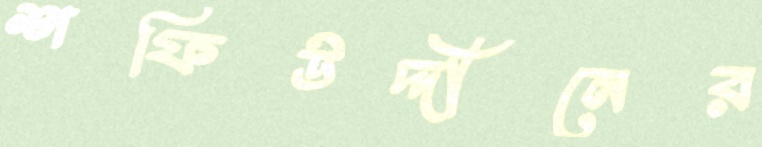
শফিউদ্দীনের